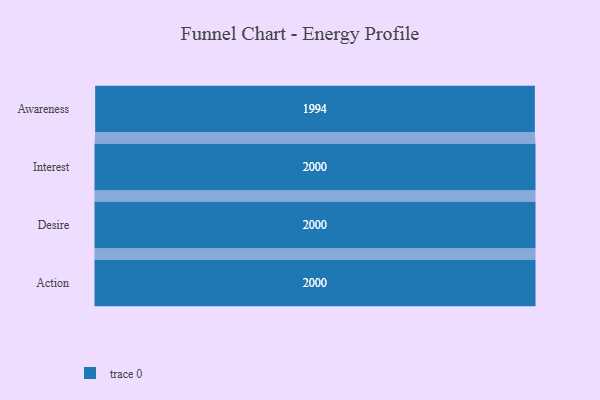
{"axis": {"x": "Stage", "y": "Value"}, "legend": [""], "data": [{"x": "Awareness", "y": 1994.0, "type": ""}, {"x": "Interest", "y": 2000, "type": ""}, {"x": "Desire", "y": 2000, "type": ""}, {"x": "Action", "y": 2000, "type": ""}]}